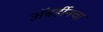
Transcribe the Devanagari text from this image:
अॅबर्डीनचा